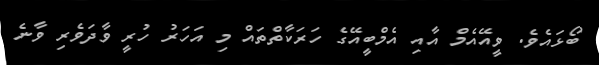
ބޯޅައެވެ. ވީއޭއެމް އާއި އެމްބީއޭގެ ހަރަކާތްތައް މި އަހަރު ހުރީ ވާދަވެރި ވާނެ